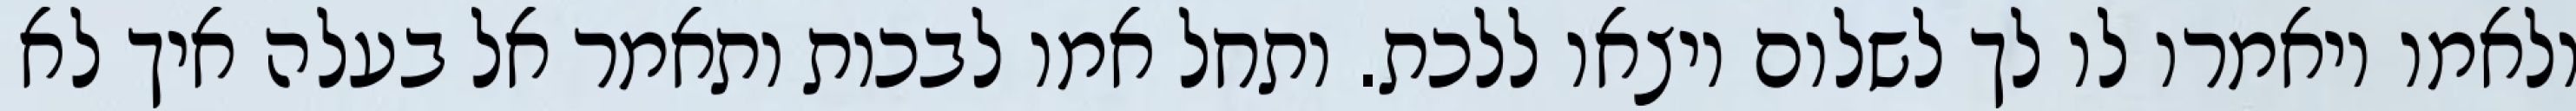
ולאמו ויאמרו לו לך לשלום ויצאו ללכת. ותחל אמו לבכות ותאמר אל בעלה איך לא